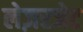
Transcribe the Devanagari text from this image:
लेज़रजेट